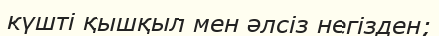
күшті қышқыл мен әлсіз негізден;